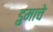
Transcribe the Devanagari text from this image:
डुमाचे